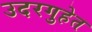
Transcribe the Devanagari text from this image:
उदरगुहेत